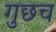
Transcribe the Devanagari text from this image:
गुछच